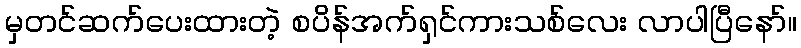
မှတင်ဆက်ပေးထားတဲ့ စပိန်အက်ရှင်ကားသစ်လေး လာပါပြီနော်။